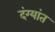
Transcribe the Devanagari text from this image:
दंग्यांत